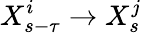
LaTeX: X_{s-\tau}^{i}\rightarrow X_{s}^{j}